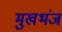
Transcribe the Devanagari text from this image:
मुखभंज